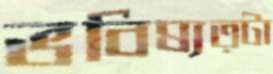
ভবিষ্যত্টা